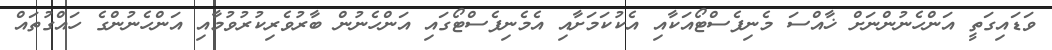
ވަޑައިގަތީ އަންހެނުންނަށް ޚާއްސަ މެނިފެސްޓޯއަކާއި އެކުކަމަށާއި އެމެނިފެސްޓޯގައި އަންހެނުން ބާރުވެރިކުރުވުމާއި އަންހެނުންގެ ހައްގުތައް